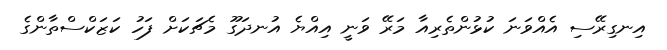
އިނގިރޭސި އެއްވަނަ ކުޅުންތެރިއާ މަރޭ ވަނީ އިއްޔެ އުނދަގޫ މެޗަކަށް ފަހު ކަޒަކްސްތާންގެ